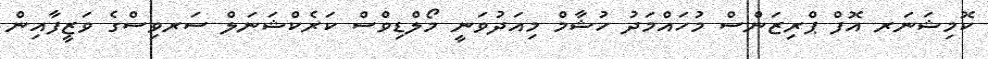
ކޮމިޝަނަރ އޮފް ޕްރިޒަންސް މުހައްމަދު ހުޝާމް މިއަދުވަނީ މޯލްޑިވްސް ކަރެކްޝަނަލް ސަރވިސްގެ ވަޒީފާއިން